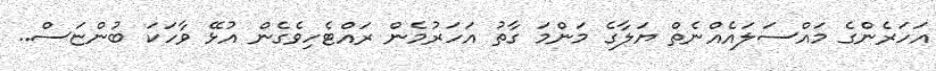
އަހަރެންގެ މައްސަލައެއްނެތް ޔަލާގެ މަންމަ ގާތު އަހަރުމެން ރައްޓެހިވެގެން އުޅޭ ވާހަކަ ބުންޏަސް..